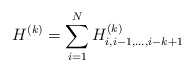
\begin{align*}H^{(k)}=\sum_{i=1}^NH^{(k)}_{i,i-1,...,i-k+1}\end{align*}